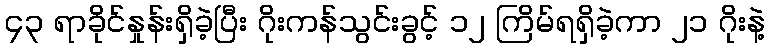
၄၃ ရာခိုင်နှုန်းရှိခဲ့ပြီး ဂိုးကန်သွင်းခွင့် ၁၂ ကြိမ်ရရှိခဲ့ကာ ၂၁ ဂိုးနဲ့